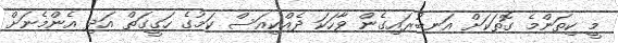
މީ ކިތަންމެ ގޮތަކަށް އަނބުރައިގެން ވާހަކަ ދެއްކިއަސް ކަމުގެ ހަގީގަތް އަދި އެންމެނަށް